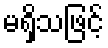
မရှိသဖြင့်